Leaving Certificate Examination, 1908
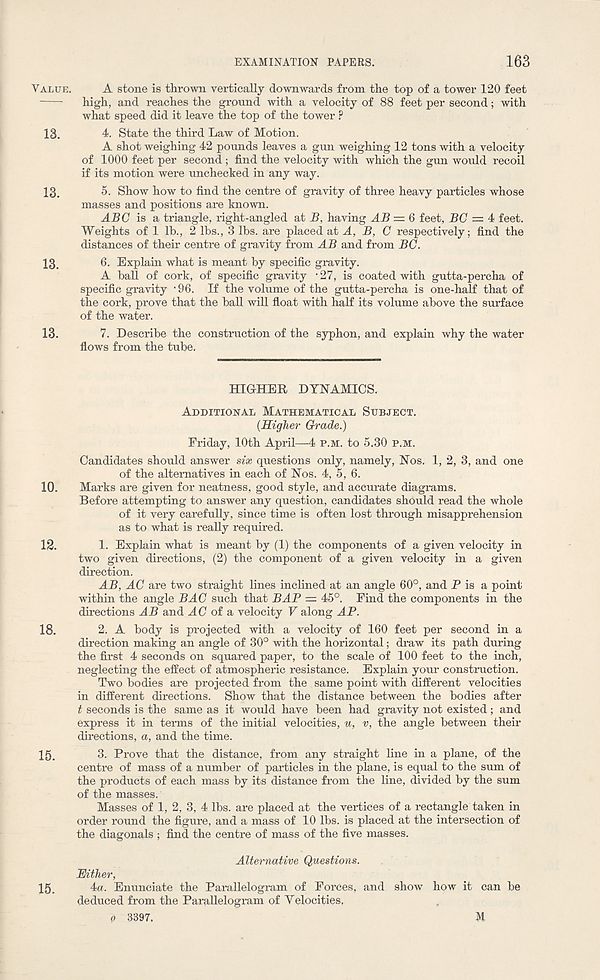
EXAMINATION PAPERS.
163
A stone is thrown vertically downwards from the top of a tower 120 feet
high, and reaches the ground with a velocity of 88 feet per second; with
what speed did it leave the top of the tower F
4. State the third Law of Motion.
A shot weighing 42 pounds leaves a gun weighing 12 tons with a velocity
of 1000 feet per second ; find the velocity with which the gun would recoil
if its motion were unchecked in any way.
5. Show how to find the centre of gravity of three heavy particles whose
masses and positions are known.
ABC is a triangle, right-angled at B, having AB — 6 feet, BC — 4 feet.
Weights of 1 lb., 2 lbs., 3 lbs. are placed at A, B, C respectively; find the
distances of their centre of gravity from AB and from BC.
6. Explain what is meant by specific gravity.
A ball of cork, of specific gravity - 27, is coated with gutta-percha of
specific gravity • 96. If the volume of the gutta-percha is one-half that of
the cork, prove that the ball will float with half its volume above the surface
of the water.
13.
7. Describe the construction of the syphon, and explain why the water
flows from the tube.
HIGHER DYNAMICS.
Additional Mathematical Subject.
(Higher Grade.)
Friday, 10th April—4 p.m. to 5.30 p.m.
Candidates should answer six questions only, namely, Nos. 1, 2, 3, and one
of the alternatives in each of Nos. 4, 5, 6.
10. Marks are given for neatness, good style, and accurate diagrams.
Before attempting to answer any question, candidates should read the whole
of it very carefully, since time is often lost through misapprehension
as to what is really required.
12.
1. Explain what is meant by (1) the components of a given velocity in
two given directions, (2) the component of a given velocity in a given
direction.
AB, AC are two straight lines inclined at an angle 60°, and P is a point
within the angle BAG such that BAP = 45°. Find the components in the
directions AB and AC of a velocity V along AP.
18.
2. A body is projected with a velocity of 160 feet per second in a
direction making an angle of 30° with the horizontal; draw its path during
the first 4 seconds on squared paper, to the scale of 100 feet to the inch,
neglecting the effect of atmospheric resistance. Explain your construction.
Two bodies are projected from the same point with different velocities
in different directions. Show that the distance between the bodies after
t seconds is the same as it would have been had gravity not existed; and
express it in terms of the initial velocities, u, v, the angle between their
directions, a, and the time.
15.
3. Prove that the distance, from any straight line in a plane, of the
centre of mass of a number of particles in the plane, is equal to the sum of
the products of each mass by its distance from the line, divided by the sum
of the masses.
Masses of 1, 2, 3, 4 lbs. are placed at the vertices of a rectangle taken in
order round the figure, and a mass of 10 lbs. is placed at the intersection of
the diagonals ; find the centre of mass of the five masses.
Alternative Questions.
Hither,
15. 4a. Enunciate the Parallelogram of Forces, and show how it can be
deduced from the Parallelogram of Yelocities,
0 3397.
Value.
13.
13.
13.
M